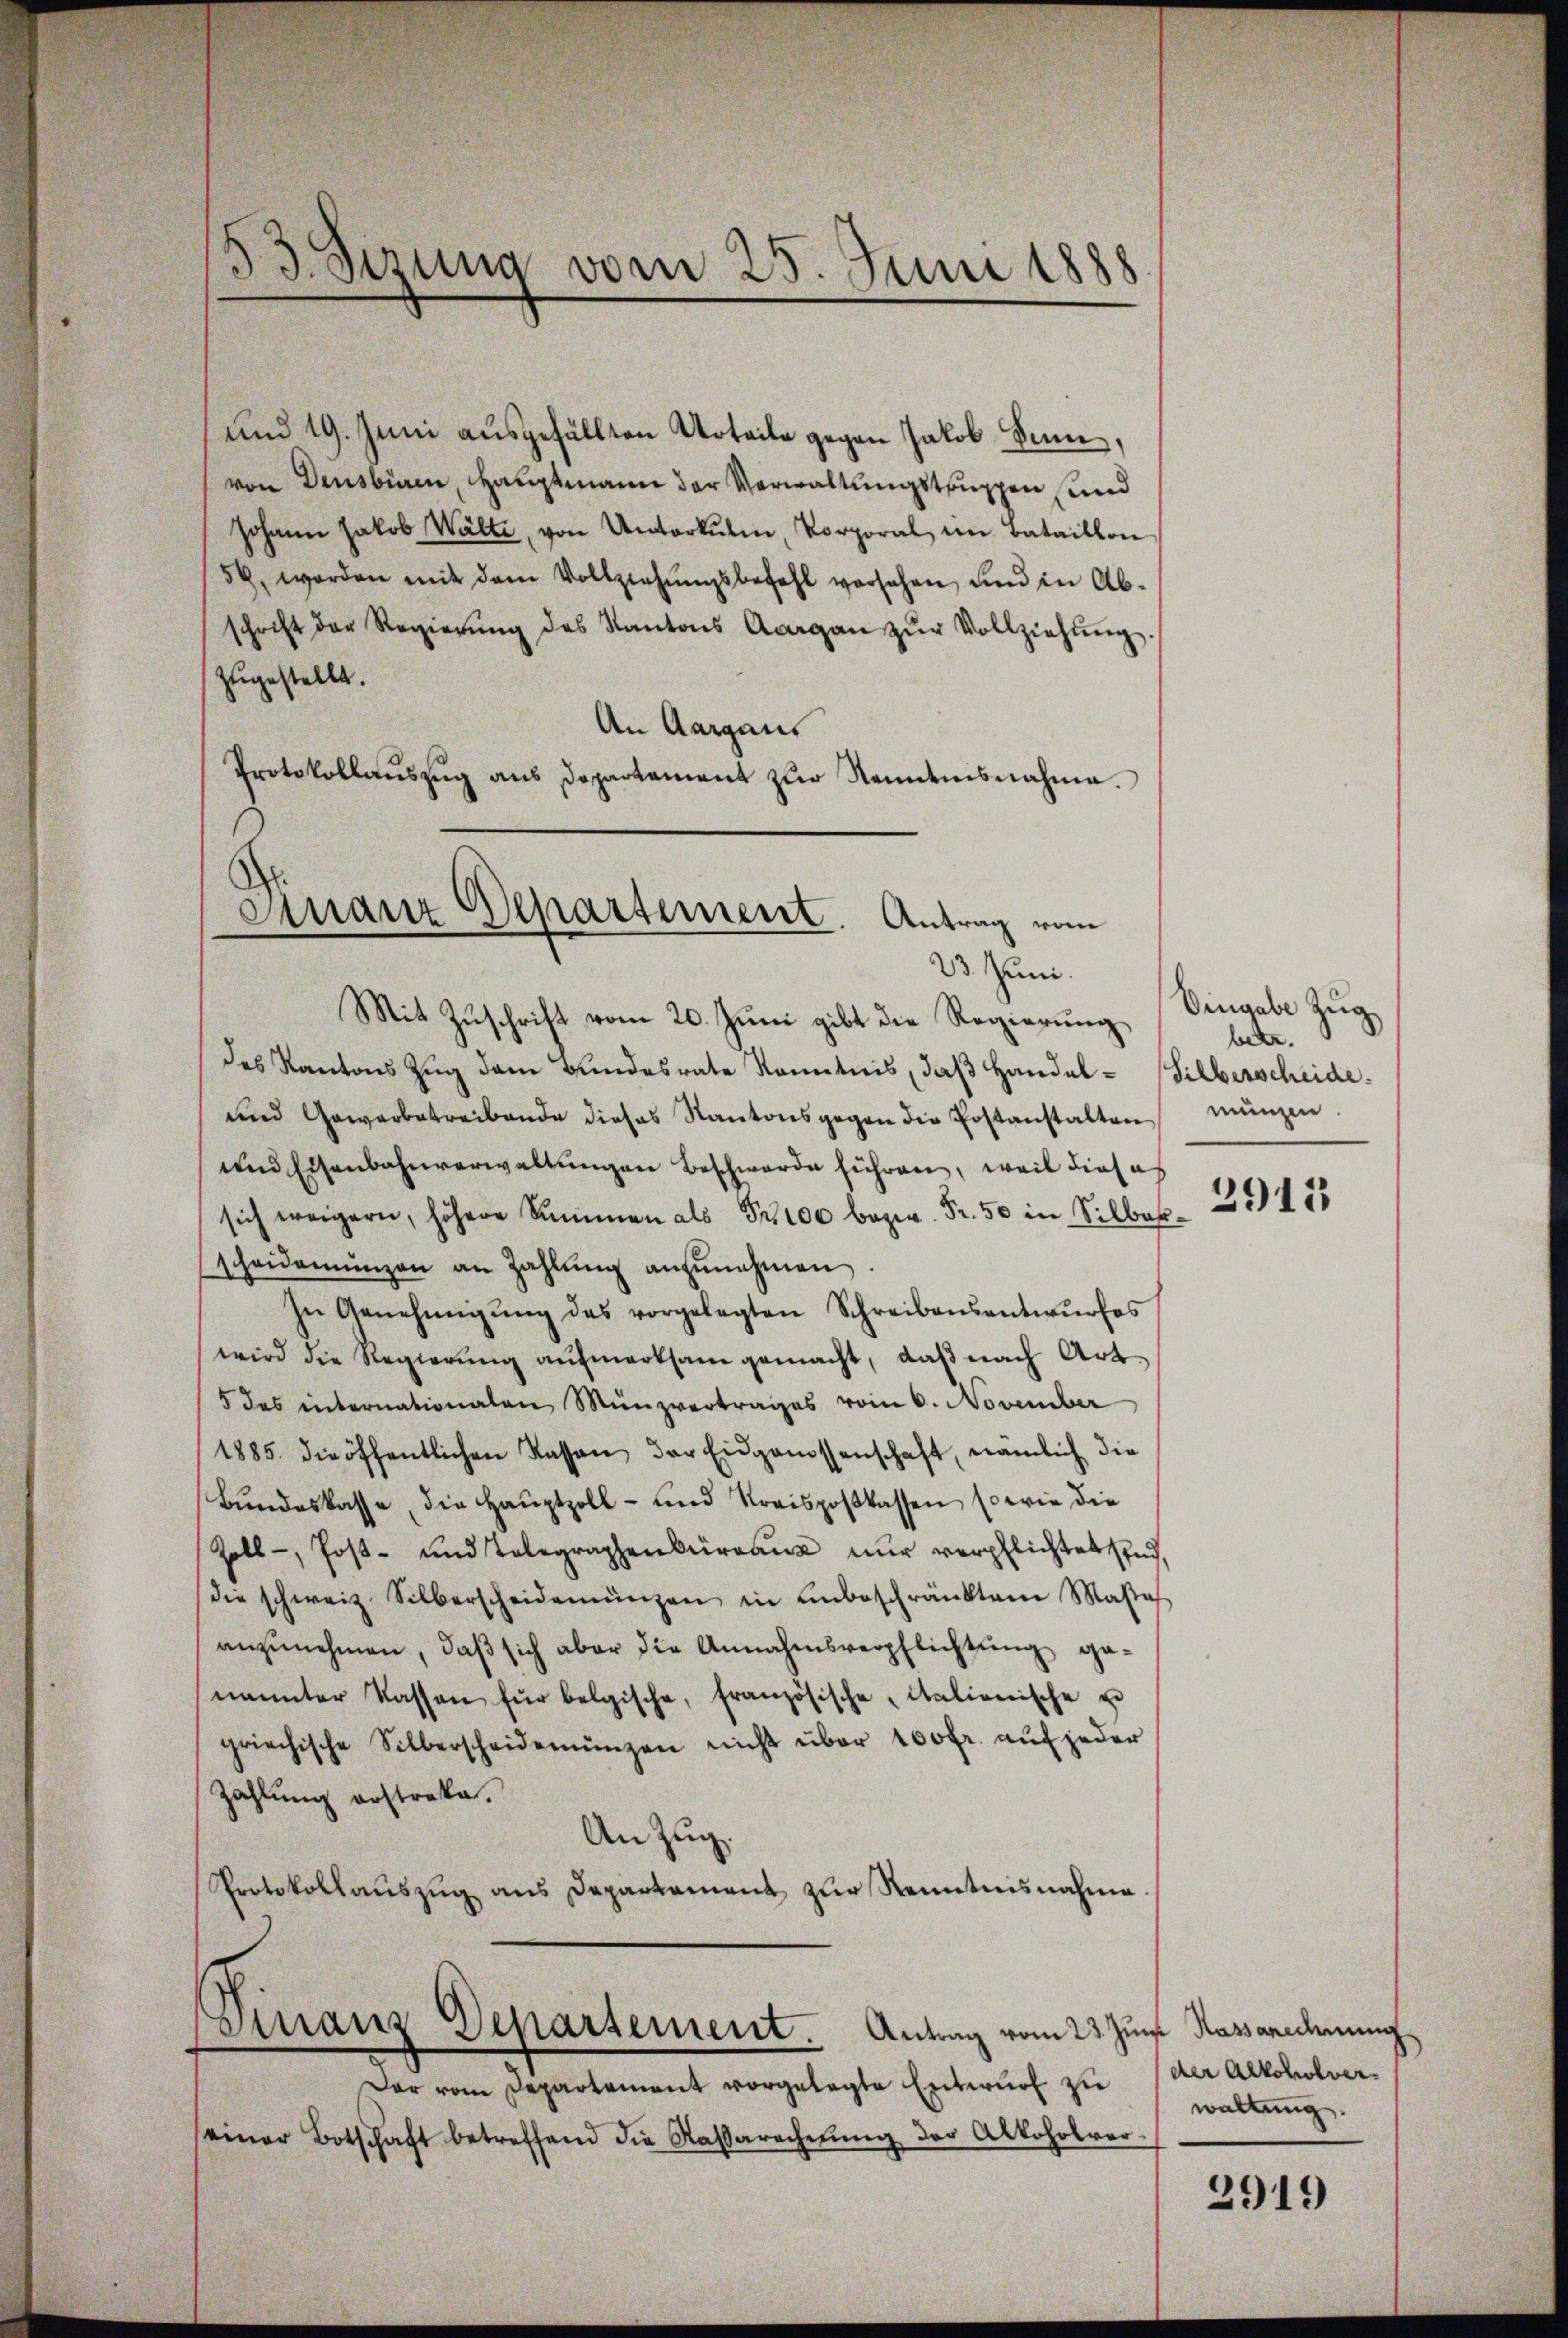
und 19. Juni ausgefällten Urteile gegen Jakob Sinn,
von Densbüren, Hauptmann der Verwaltungstruppen, und
Johann Jakob Walte, von Unterkŭlm, Korporal im Bataillon
54, worden mit dem Vollziehŭngsbefehl versehen, und in Ab-
schrift der Regierŭng des Kantons Aargau zŭr Vollziehŭng.
zugestellt.
An Aargaus
Protokollauszug aus Departement zur Kenntnisnahme.

53. Sizung vom 25. Juni 1888

A.
Finanz Departement. Antrag vom
23. Juni.

Mit Zuschrift vom 20. Juni gibt die Regierung
des Kantons Zŭg dem Bundesrate Kenntnis, daβ Handel- Silberscheide
und Gewerbetreibende dieses Kantonsgegen die Postanstalten münzen.
und Eisenbahnverwaltungen Beschwerde führen, weil dieses
sich weigern, höhere Summen als Pr100 bezw. Fr. 50 in Silberscheidemünzen an Zahlŭng anzŭnehmen.
In Genehmigŭng des vorgelegten Schreibensantwŭrfes
wird die Regierŭng aŭfmerksam gemacht, daβ nach Art
5 des internationalen Münzvertrages vom 6. November
1885. die öffentlichen Kassen der Eidgenossenschaft, nämlich die
Bŭndeskasse, die Haŭptzoll- und Kreispostkassen, so wie die
Zoll-, Post- und Telegraphenbüreaŭs nur verpflichtet sind,
die schweiz. Silberscheidemünzen in unbeschränktem Massa
anzunehmen, daß sich aber die Annahmsverpflichtung ge-
nŭnter Kassen für belgische, französischeitationische u
griechische Silberscheidemünzen nicht über 100fr. auf jeder
Zahlung erstreke.
An Zug.
Protokollauszug aus Departement zur Kenntnisnahme
Finanz Departement. Antrag vom 23. Juni Kassanedmung
Dar vom Departement vorgelegte Entwŭrf zu der Alkoholverseiner Botschaft betreffend die Kassarecherŭng der Alkoholver-

Eingabe Zug
betr.

2915

waltung.

2919